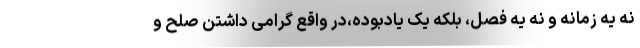
نه یه زمانه و نه یه فصل، بلکه یک یادبوده،در واقع گرامی داشتن صلح و